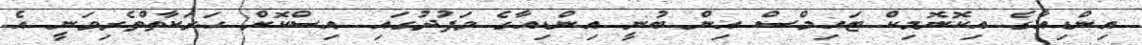
އިންޑިއާގެ އިކޮނޮމިކް ޓައިމްސް އިން ބުނީ އިންޑިއާގެ ވަފުދުގައި އިސްކޮށް ހަރަކާތްތެރިވަނީ އެ